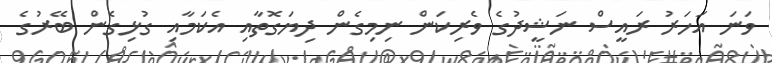
ވަނަ އަހަރު ރައީސް ނަޝީދުގެ ވެރިކަން ނިމިގެން ދިޔަގޮތާއި އެކަމާއި ގުޅިގެން ބޭރުގެ